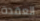
العقدة